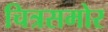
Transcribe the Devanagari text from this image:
चित्रसमोर